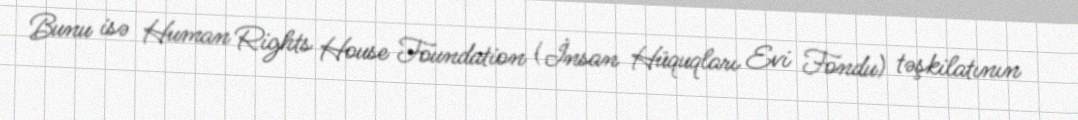
Bunu isə Human Rights House Foundation (İnsan Hüquqları Evi Fondu) təşkilatının